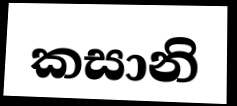
කසානි